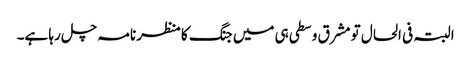
البتہ فی الحال تو مشرق وسطی ہی میں جنگ کا منظر نامہ چل رہا ہے۔